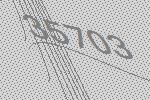
35703